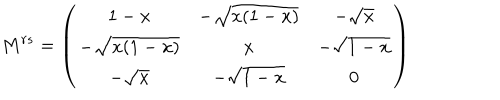
M ^ { r s } = \left( \begin{matrix} { { 1 - x } } & { { - \sqrt { x ( 1 - x ) } } } & { { - \sqrt { x } } } \\ { { - \sqrt { x ( 1 - x ) } } } & { { x } } & { { - \sqrt { 1 - x } } } \\ { { - \sqrt { x } } } & { { - \sqrt { 1 - x } } } & { { 0 } } \\ \end{matrix} \right)